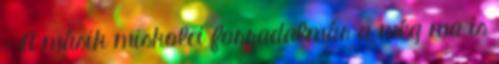
– A másik miskolci forradalmár a még ma is